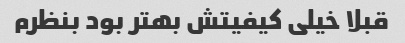
قبلا خیلی کیفیتش بهتر بود بنظرم